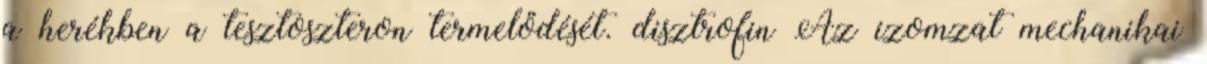
a herékben a tesztoszteron termelődését. disztrofin Az izomzat mechanikai